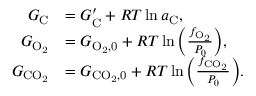
\begin{array} { r l } { G _ { \mathrm { C } } } & { = G _ { \mathrm { C } } ^ { \prime } + { \cal R } T \ln { a _ { \mathrm { C } } } , } \\ { G _ { \mathrm { O _ { 2 } } } } & { = G _ { \mathrm { O _ { 2 } , 0 } } + { \cal R } T \ln { \left( \frac { f _ { \mathrm { O _ { 2 } } } } { P _ { 0 } } \right) } , } \\ { G _ { \mathrm { C O _ { 2 } } } } & { = G _ { \mathrm { C O _ { 2 } , 0 } } + { \cal R } T \ln { \left( \frac { f _ { \mathrm { C O _ { 2 } } } } { P _ { 0 } } \right) } . } \end{array}